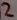
Text: 2